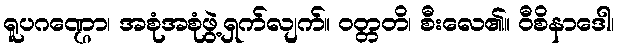
ရူပဂဏ္ဌော၊ အစုံအစုံဖွဲ့ရှက်လျက်။ ဝတ္တတိ၊ စီးလေ၏။ ဝီစိနာဒေါ၊